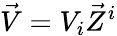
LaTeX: {\vec{V}}=V_{i}{\vec{Z}}^{i}